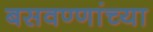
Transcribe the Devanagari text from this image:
बसवण्णांच्या